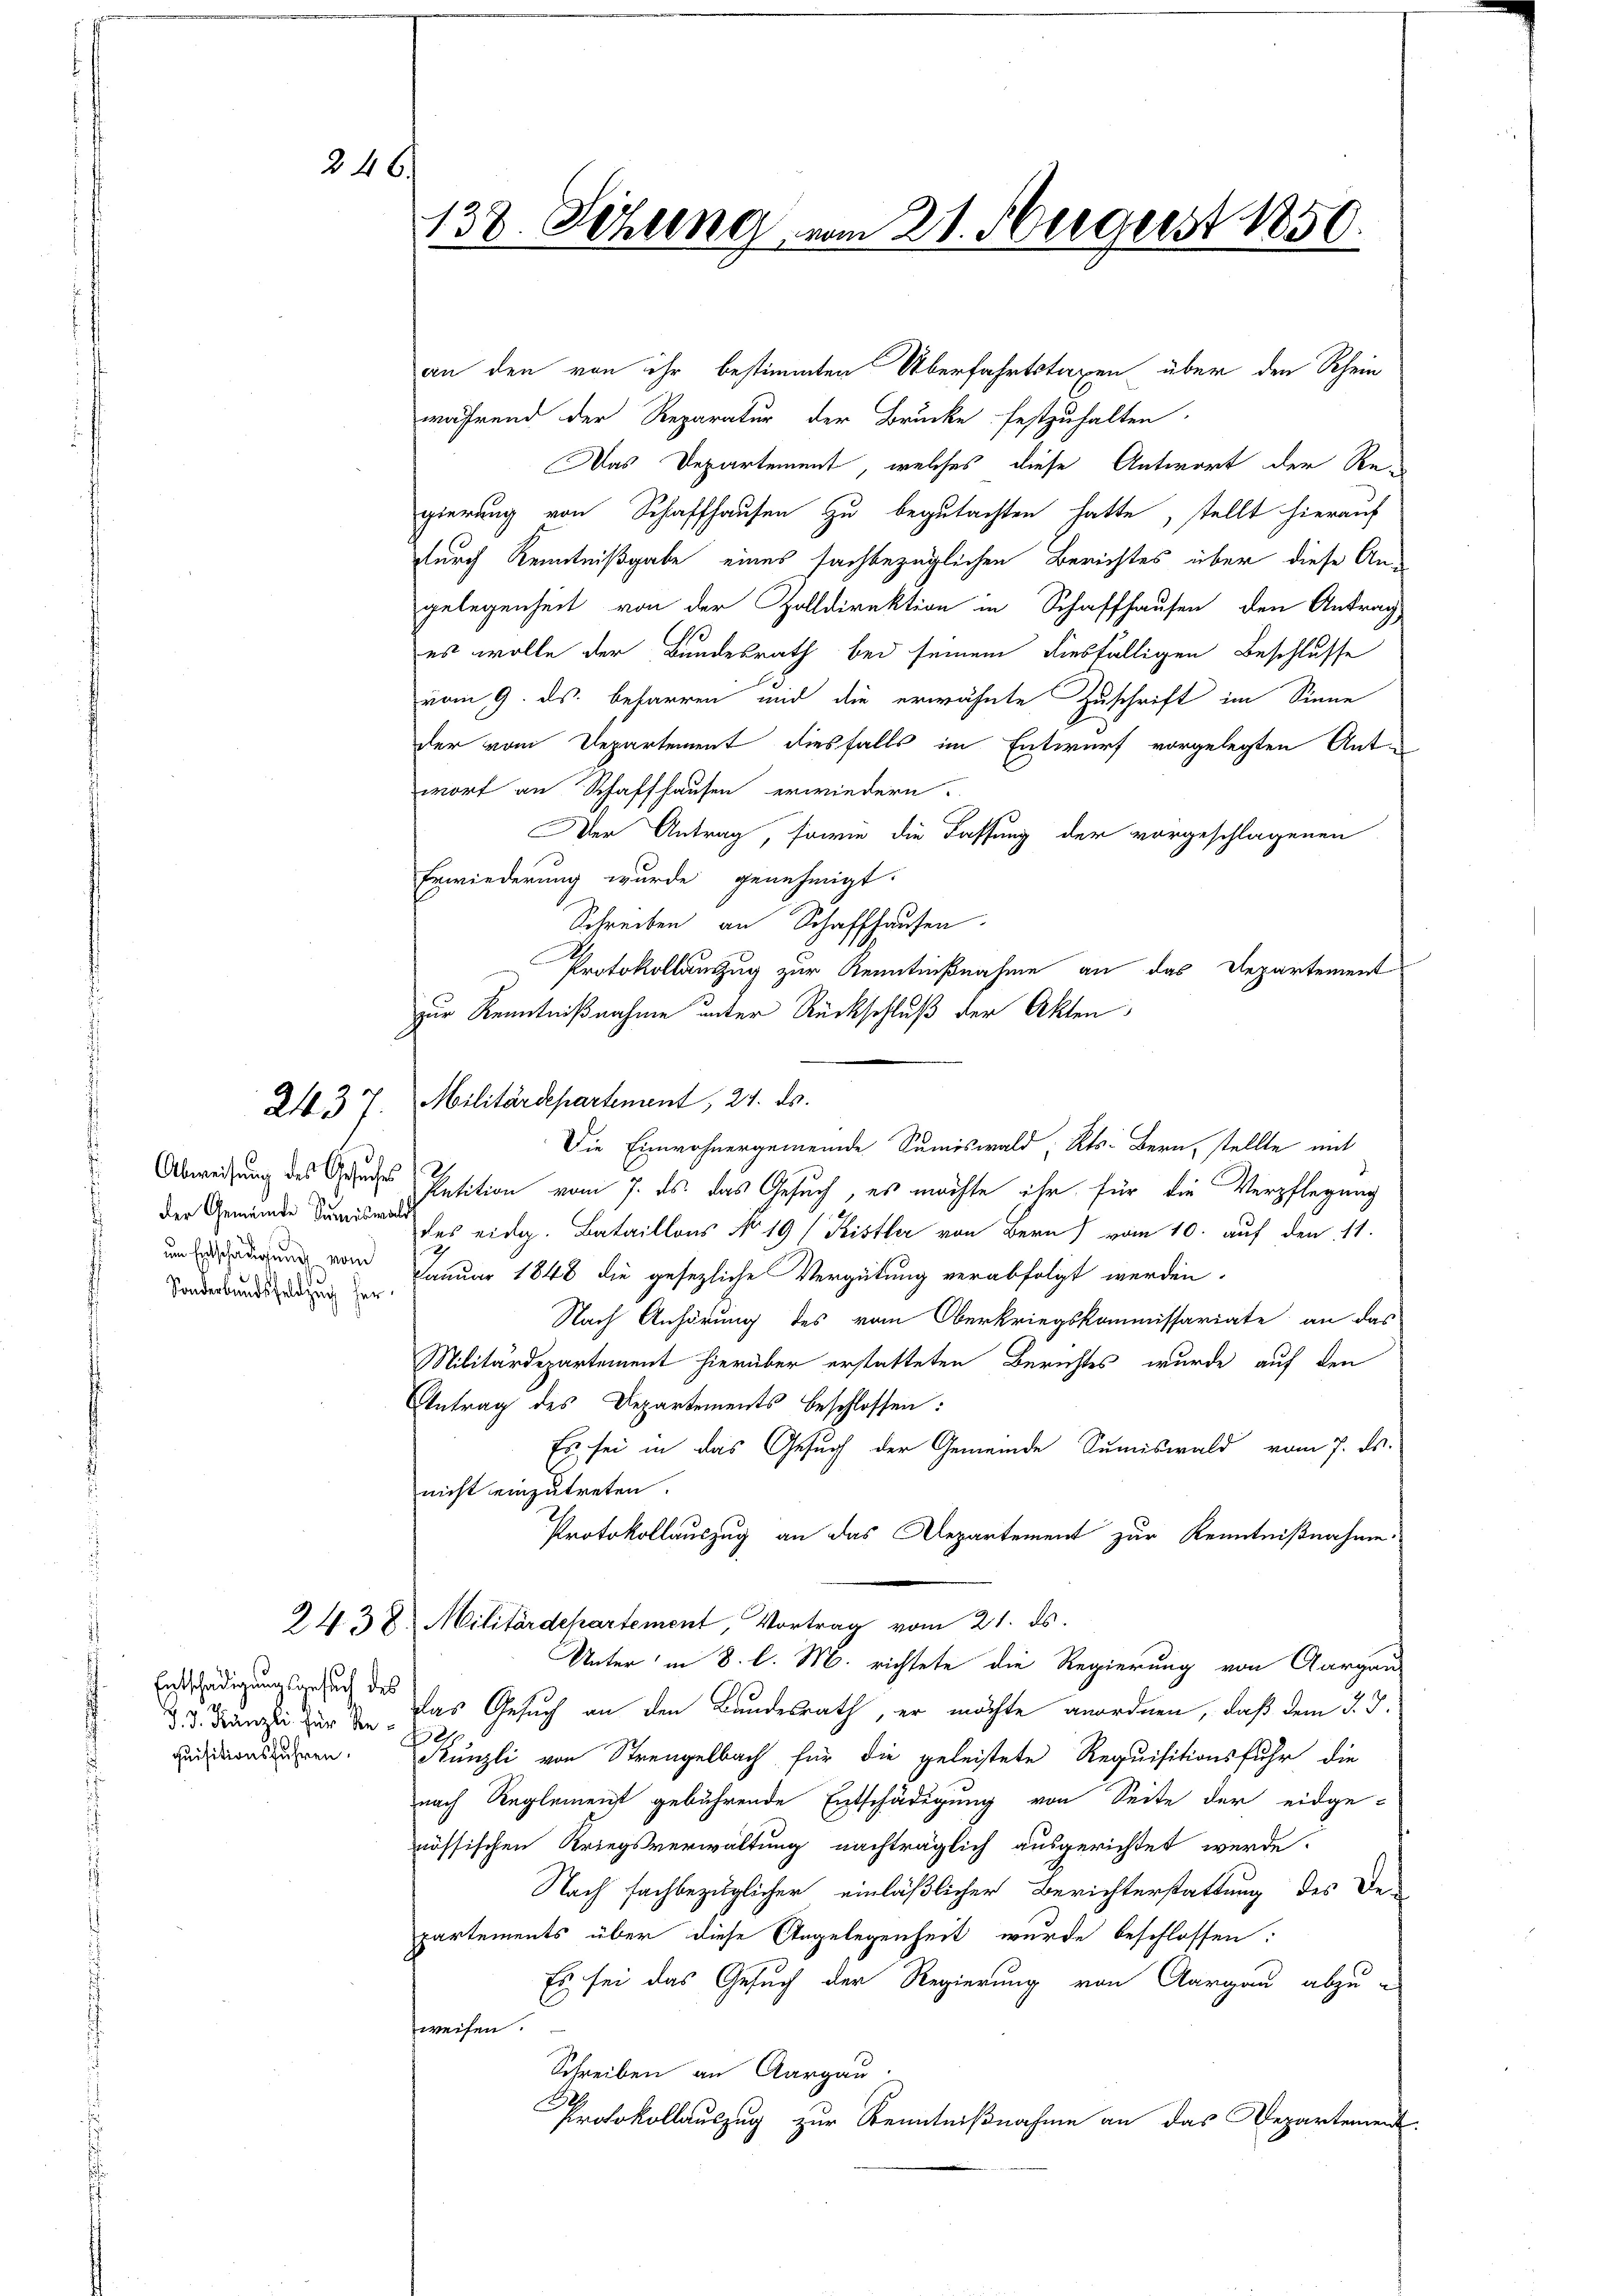
246.

2437.

um Entschädigung vom

Entschädigungsgesuch des
quisitionsführen.

138. Sitzung von 21. Hergerst 1850.

an den von ihr bestimmten Überfahrtstaxen über den Rhein
während der Reparatur der Brücke festzuhalten.
Das Departement, welches diese Antwort der Regierung von Schaffhausen zu begutachten hatte, stellt hierauf
durch Kenntnißgabe eines sachbezüglichen Berichtes über diese Angelegenheit von der Zolldirektion in Schaffhausen, den Antrag
es wolle der Bundesrath bei seinem diesfälligen Beschlusse
vom 9. ds. beharren und die erwähnte Zuschrift im Sinne
der vom Departement diesfalls im Entwurf vorgelegten Antwort an Schaffhausen erwiedern.
Der Antrag, sowie die Fassung der vorgeschlagenen
Erwiederung wurde genehmigt.
Schreiben an Schaffhausen.
Protokollauszug zur Kenntnißnahme an das Departement
zur Kenntnißnahme unter Rückschluß der Akten
Militärdepartement, 24. ds.
Die Einwohnergemeinde Summiswald, Kts. Bern, stellte mit
Abweisung des Gesuches Petition vom 7. ds. das Gesuch, es möchte ihr für die Verpflegung
deidg. Bataillons No 19/ Kistler von Bern) vom 10. auf den 11.
Sonderbunde Januar 1848 die gesezliche Vergütung verabfolgt werden.
Nach Anhörung des vom Oberkriegskommissariate an das
Militärdepartement hierüber erstatteten Berichtes wurde auf den
Antrag des Departements beschlossen:
Es sei in das Gesuch der Gemeinde Summiswald vom 7. ds.
nicht einzutreten.
Protokollauszug an das Departement zur Kenntnißnahme.
2438. Militärdehartement, Vortrag vom 21. ds.
Unter in 8. l. M. richtete die Regierung von Aargau
d. 3. Franzlei der in das Gesuch an den Bundesrath, er möchte anordnen, daß dem 3. d.
x
Künzli von Strengelbach für die geleistete Requisitionsfuhr die
nach Reglement gebührende Entschädigung von Seite der eidge-
nössischen Kriegsverwaltung nachträglich ausgerichtet werde.
Nach sachbezüglicher einläßlicher Berichterstattung des De-
partements über diese Angelegenheit wurde beschlossen:
Es sei das Gesuch der Regierung von Aargau abzu-
fweisen.
Schreiben an Aargau.
Be
Protokollauszug zur Kenntnißnahme an das Departement